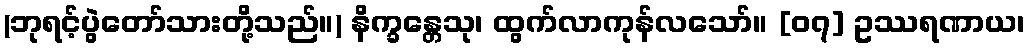
(ဘုရင့်ပွဲတော်သားတို့သည်။) နိက္ခန္တေသု၊ ထွက်လာကုန်လသော်။ [၀၇] ဥဿရဏာယ၊